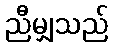
ညီမျှသည်